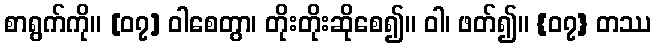
စာရွက်ကို။ [၀၇] ဝါစေတွာ၊ တိုးတိုးဆိုစေ၍။ ဝါ၊ ဖတ်၍။ {၀၇} တဿ